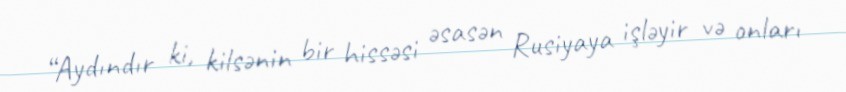
“Aydındır ki, kilsənin bir hissəsi əsasən Rusiyaya işləyir və onları